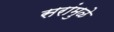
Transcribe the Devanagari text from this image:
सरांमुळे